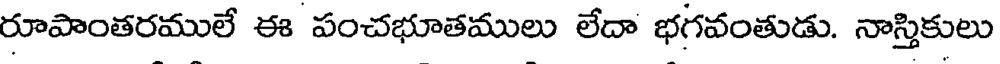
రూపాంతరములే ఈ పంచభూతములు లేదా భగవంతుడు. నాస్తికులు